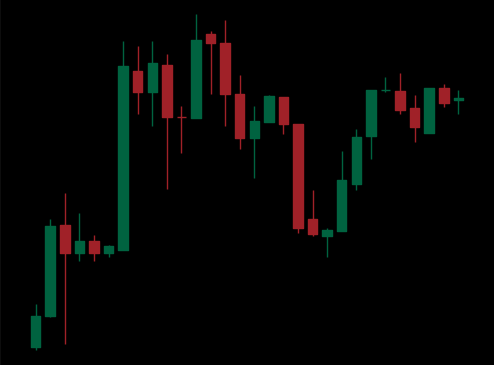
Pattern: unclassified